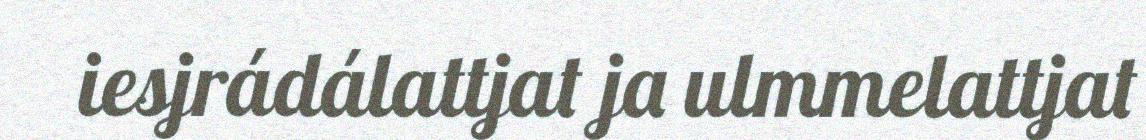
iesjrádálattjat ja ulmmelattjat